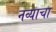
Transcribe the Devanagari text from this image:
नव्याचा